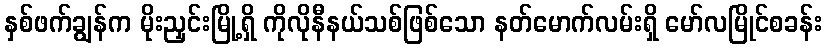
နှစ်ဖက်ချွန်က မိုးညှင်းမြို့ရှိ ကိုလိုနီနယ်သစ်ဖြစ်သော နတ်မောက်လမ်းရှိ မော်လမြိုင်စခန်း